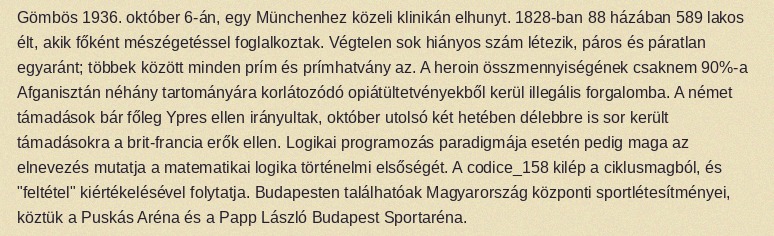
Gömbös 1936. október 6-án, egy Münchenhez közeli klinikán elhunyt. 1828-ban 88 házában 589 lakos élt, akik főként mészégetéssel foglalkoztak. Végtelen sok hiányos szám létezik, páros és páratlan egyaránt; többek között minden prím és prímhatvány az. A heroin összmennyiségének csaknem 90%-a Afganisztán néhány tartományára korlátozódó opiátültetvényekből kerül illegális forgalomba. A német támadások bár főleg Ypres ellen irányultak, október utolsó két hetében délebbre is sor került támadásokra a brit-francia erők ellen. Logikai programozás paradigmája esetén pedig maga az elnevezés mutatja a matematikai logika történelmi elsőségét. A codice_158 kilép a ciklusmagból, és "feltétel" kiértékelésével folytatja. Budapesten találhatóak Magyarország központi sportlétesítményei, köztük a Puskás Aréna és a Papp László Budapest Sportaréna.